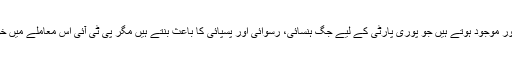
یوں تو ہر سیاسی پارٹی میں کچھ ایسے نابغے اور نمونے ضرور موجود ہوتے ہیں جو پوری پارٹی کے لیے جگ ہنسائی، رسوائی اور پسپائی کا باعث بنتے ہیں مگر پی ٹی آئی اس معاملے میں خود کفیل ہے اور اس کا مد مقابل دور دور تک دکھائی نہیں دیتا۔